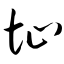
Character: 址